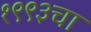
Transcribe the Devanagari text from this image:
१९९३चा